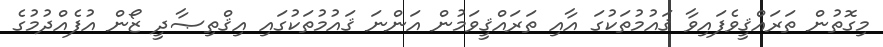
މިގޮތުން ތަރައްޤީވެފައިވާ ޤައުމުތަކުގަ އާއި ތަރައްޤީވަމުން އަންނަ ޤައުމުތަކުގައި އިޤްތިޞާދީ ޒޯން އުފެއްދުމުގެ